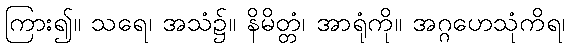
ကြား၍။ သရေ၊ အသံ၌။ နိမိတ္တံ၊ အာရုံကို။ အဂ္ဂဟေသုံကိရ၊